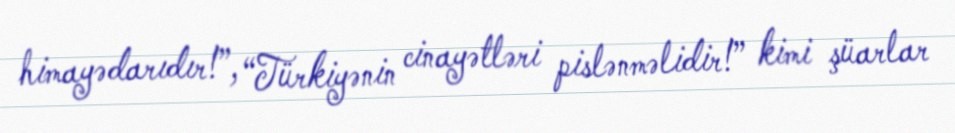
himayədarıdır!”, “Türkiyənin cinayətləri pislənməlidir!” kimi şüarlar